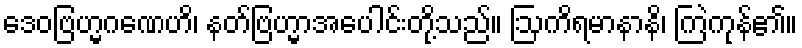
ဒေဝဗြဟ္မဂဏေဟိ၊ နတ်ဗြဟ္မာအပေါင်းတို့သည်။ ဩကိရမာနာနိ၊ ကြဲကုန်၏။